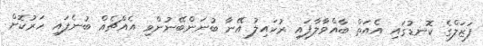
ފަޒަލްގެ ކޮނޑުގައި އެއަތް ބާއްވާލާފައި ރުހައިލު އޭނާ ބުނަންބޭނުންވި އެއްޗެއް ބުނެފައި ހަރުކޮށް